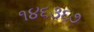
૧૪૬૩૬૭